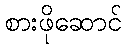
စားဖိုဆောင်